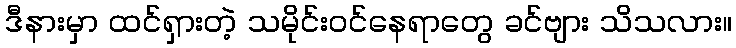
ဒီနားမှာ ထင်ရှားတဲ့ သမိုင်းဝင်နေရာတွေ ခင်ဗျား သိသလား။